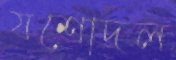
যশোদল